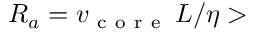
R _ { a } = v _ { \mathrm { ~ c ~ o ~ r ~ e ~ } } \, L / \eta >